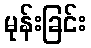
မုန်းခြင်း